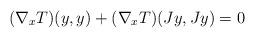
LaTeX: \begin{align*} (\nabla_xT)(y,y) +(\nabla_{x}T)(Jy,Jy) =0 \end{align*}